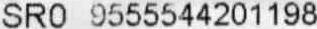
SR0 9555544201198